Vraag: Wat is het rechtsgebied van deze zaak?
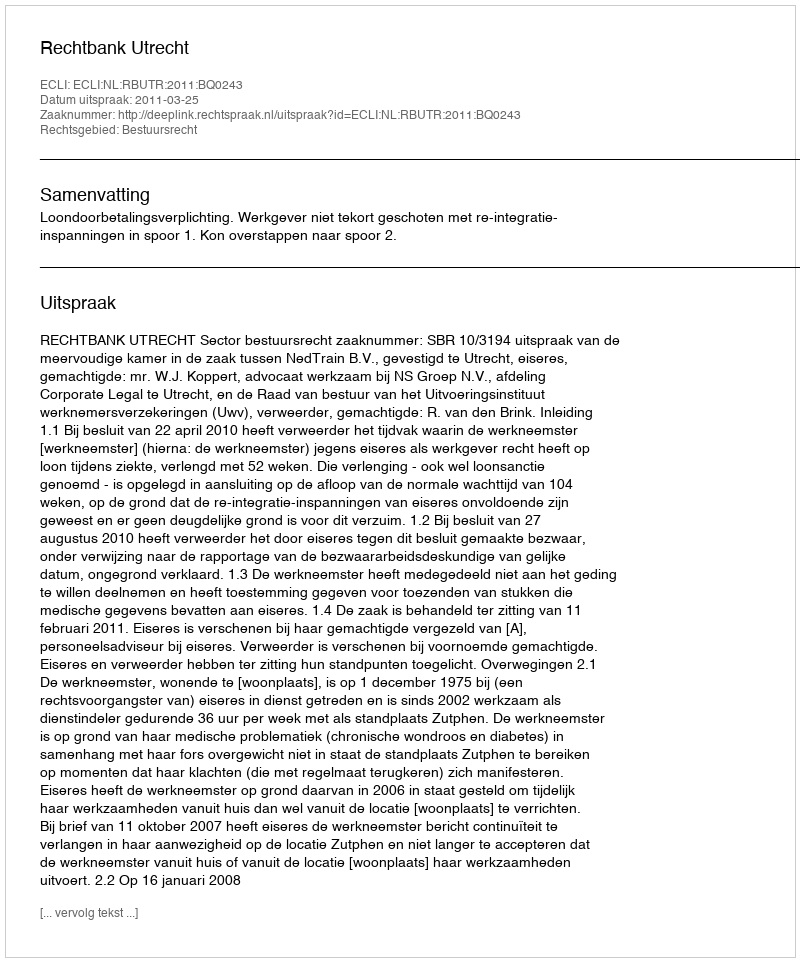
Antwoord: Bestuursrecht